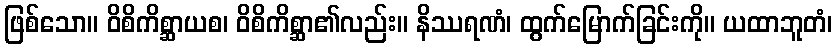
ဖြစ်သော။ ဝိစိကိစ္ဆာယစ၊ ဝိစိကိစ္ဆာ၏လည်း။ နိဿရဏံ၊ ထွက်မြောက်ခြင်းကို။ ယထာဘူတံ၊